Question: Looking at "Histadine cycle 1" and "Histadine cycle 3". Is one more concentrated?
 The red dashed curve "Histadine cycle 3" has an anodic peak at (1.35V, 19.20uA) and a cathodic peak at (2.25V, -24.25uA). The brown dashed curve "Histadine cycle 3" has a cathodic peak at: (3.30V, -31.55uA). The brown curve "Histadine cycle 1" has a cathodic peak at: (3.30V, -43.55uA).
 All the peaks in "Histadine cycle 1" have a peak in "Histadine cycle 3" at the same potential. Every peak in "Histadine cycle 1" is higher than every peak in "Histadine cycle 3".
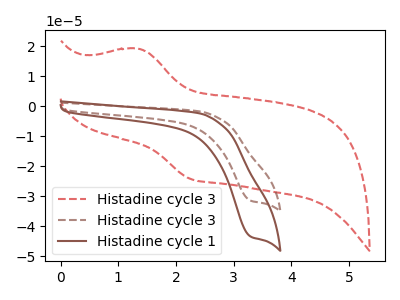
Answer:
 <answer>"Histadine cycle 1" has more signal than "Histadine cycle 3" and so likely has a higher concentration.</answer>
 <eval>more_concentration</eval>